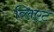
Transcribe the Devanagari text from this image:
व्लिएट